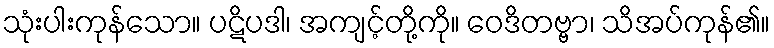
သုံးပါးကုန်သော။ ပဋိပဒါ၊ အကျင့်တို့ကို။ ဝေဒိတဗ္ဗာ၊ သိအပ်ကုန်၏။